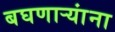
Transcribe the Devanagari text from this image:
बघणाऱ्यांना